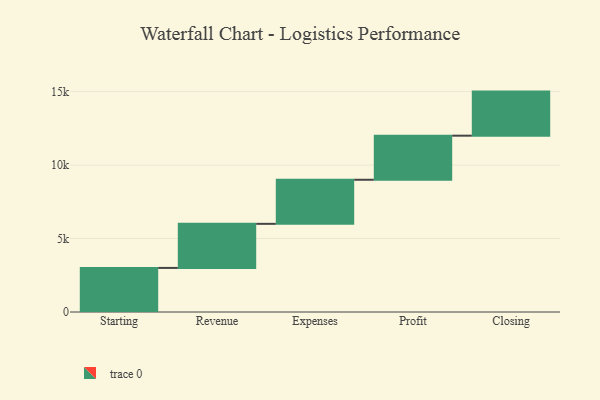
{"axis": {"x": "Step", "y": "Value"}, "legend": [""], "data": [{"x": "Starting", "y": 3000, "type": ""}, {"x": "Revenue", "y": 3000, "type": ""}, {"x": "Expenses", "y": 3000, "type": ""}, {"x": "Profit", "y": 3000, "type": ""}, {"x": "Closing", "y": 3000, "type": ""}]}